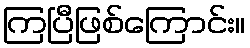
ကြပြီဖြစ်ကြောင်း။